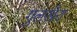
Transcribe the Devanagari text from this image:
गुलखैरा